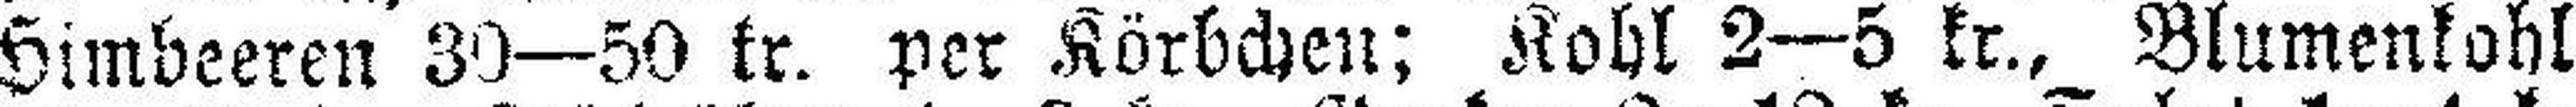
Himbeeren 30—50 kr. per Körbchen; Kohl 2—5 kr., Blumenkohl